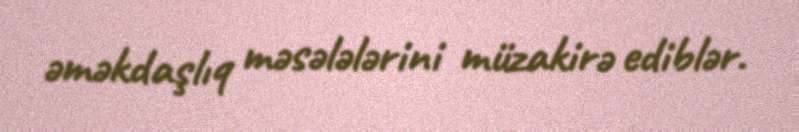
əməkdaşlıq məsələlərini müzakirə ediblər.